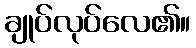
ချုပ်လုပ်လေ၏။